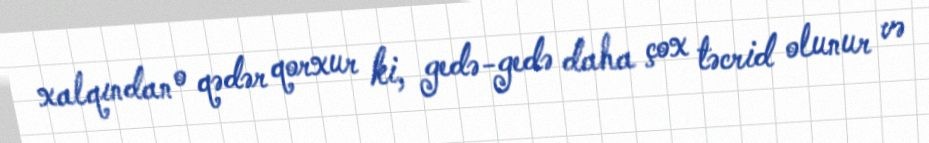
xalqından o qədər qorxur ki, gedə-gedə daha çox təcrid olunur və